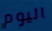
اليوم